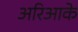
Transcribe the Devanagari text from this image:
अरिआके